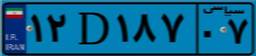
۴۸D۶۸۰۸۰